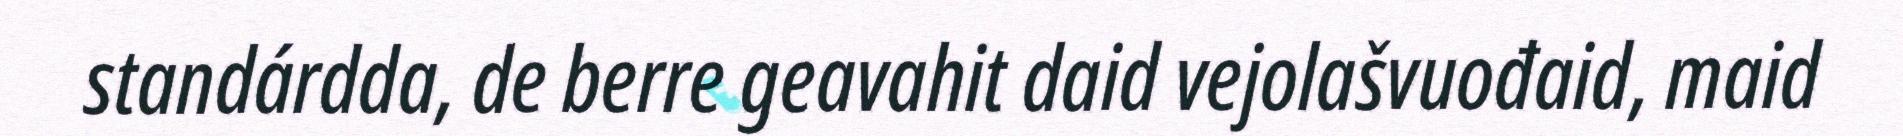
standárdda, de berre geavahit daid vejolašvuođaid, maid